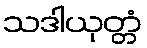
သဒါယုတ္တံ